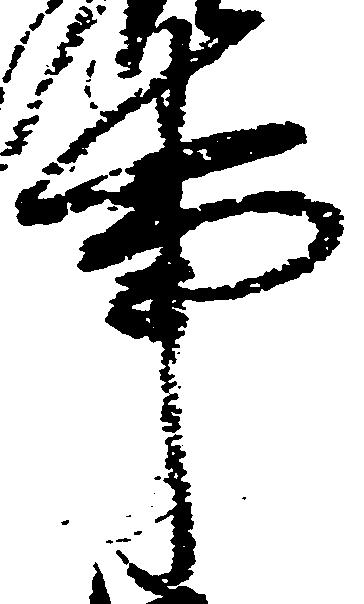
事